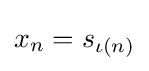
x_{n}=s_{\iota (n)}